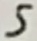
Text: 5